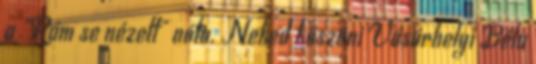
a "Rám se nézett" nóta. Neked köszöni Vásárhelyi Béla